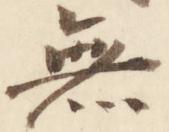
無